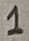
Text: 1